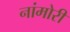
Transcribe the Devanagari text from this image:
नांमोरी